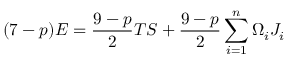
( 7 - p ) E = \frac { 9 - p } { 2 } T S + \frac { 9 - p } { 2 } \sum _ { i = 1 } ^ { n } \Omega _ { i } J _ { i }